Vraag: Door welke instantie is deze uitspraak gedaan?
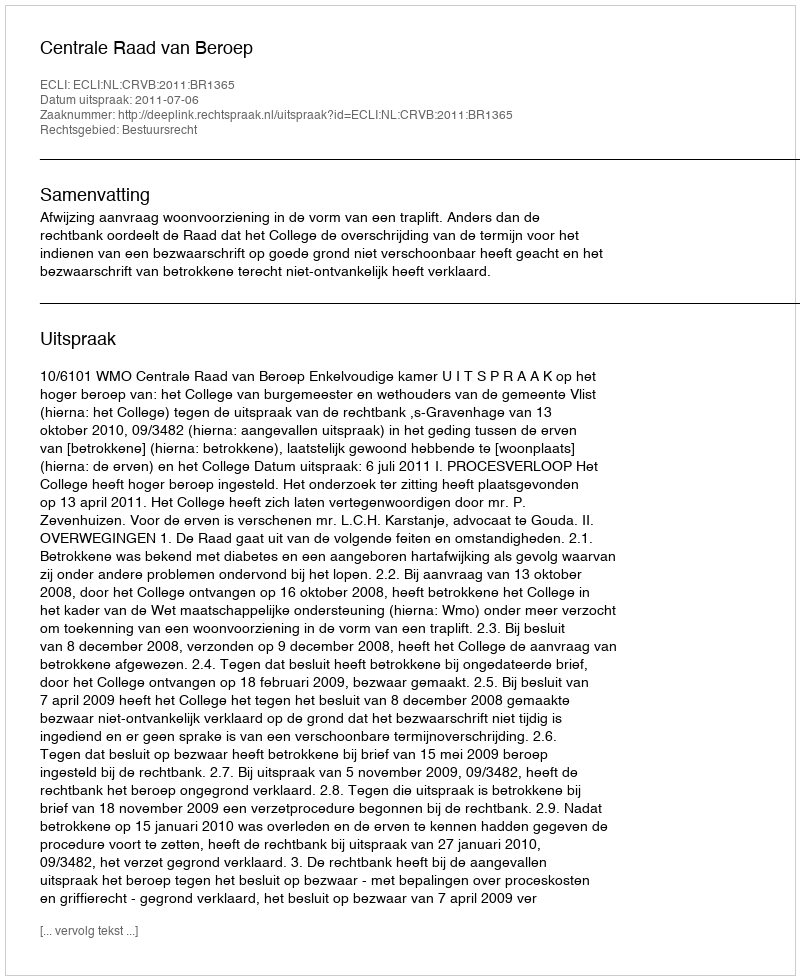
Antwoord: Centrale Raad van Beroep